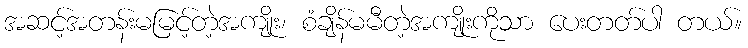
အဆင့်အတန်းမမြင့်တဲ့အကျိုး၊ စံချိန်မမီတဲ့အကျိုးကိုသာ ပေးတတ်ပါ တယ်။